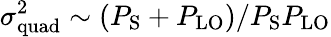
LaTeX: \sigma_{\mathrm{quad}}^{2}\sim{(P_{\mathrm{S}}+P_{\mathrm{LO}})}/{P_{\mathrm{S}}P_{\mathrm{LO}}}